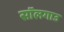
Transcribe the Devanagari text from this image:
सॉलगाउ